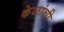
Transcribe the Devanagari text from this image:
केळांची